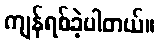
ကျန်ရစ်ခဲ့ပါတယ်။